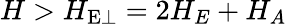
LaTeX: H>H_{\mathrm{E\perp}}=2H_{E}+H_{A}